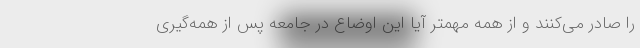
را صادر می‌کنند و از همه مهمتر آیا این اوضاع در جامعه پس از همه‌گیری